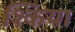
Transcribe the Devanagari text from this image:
श्किया